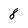
Character: 8